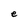
Character: e